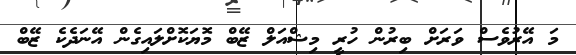
މަ އޭރުވެސް ވަރަށް ބިރުން ހުރީ މިޝްއަލް ޒޭބް މޮޔަކޮށްލައިގެން އޭނަދެކެ ޒޭބް